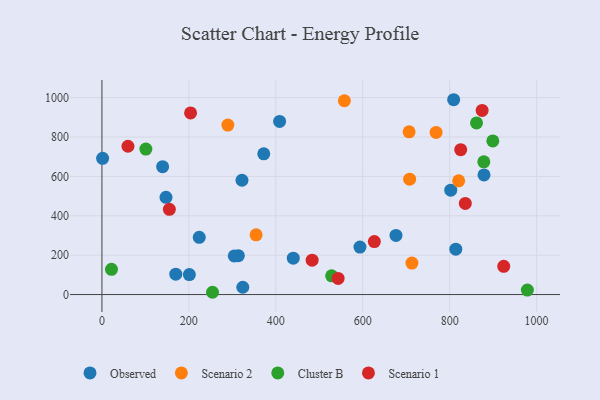
{"axis": {"x": "Price", "y": "Profit"}, "legend": ["Cluster B", "Observed", "Scenario 1", "Scenario 2"], "data": [{"x": "201.1", "y": 101.5, "type": "Observed"}, {"x": "324.1", "y": 37.1, "type": "Observed"}, {"x": "809.2", "y": 989.3, "type": "Observed"}, {"x": "1.6", "y": 691.6, "type": "Observed"}, {"x": "440.2", "y": 185.0, "type": "Observed"}, {"x": "593.6", "y": 241.2, "type": "Observed"}, {"x": "139.6", "y": 649.5, "type": "Observed"}, {"x": "169.9", "y": 103.6, "type": "Observed"}, {"x": "223.9", "y": 290.4, "type": "Observed"}, {"x": "147.4", "y": 493.9, "type": "Observed"}, {"x": "322.2", "y": 580.4, "type": "Observed"}, {"x": "372.3", "y": 714.7, "type": "Observed"}, {"x": "814.1", "y": 230.7, "type": "Observed"}, {"x": "313.8", "y": 197.6, "type": "Observed"}, {"x": "802.5", "y": 529.8, "type": "Observed"}, {"x": "304.5", "y": 196.0, "type": "Observed"}, {"x": "408.8", "y": 879.3, "type": "Observed"}, {"x": "676.5", "y": 300.2, "type": "Observed"}, {"x": "879.0", "y": 607.5, "type": "Observed"}, {"x": "557.8", "y": 984.2, "type": "Scenario 2"}, {"x": "768.8", "y": 823.5, "type": "Scenario 2"}, {"x": "289.7", "y": 860.5, "type": "Scenario 2"}, {"x": "354.7", "y": 303.3, "type": "Scenario 2"}, {"x": "706.7", "y": 826.2, "type": "Scenario 2"}, {"x": "820.7", "y": 577.5, "type": "Scenario 2"}, {"x": "707.9", "y": 585.9, "type": "Scenario 2"}, {"x": "713.2", "y": 159.7, "type": "Scenario 2"}, {"x": "861.8", "y": 871.7, "type": "Cluster B"}, {"x": "978.8", "y": 23.0, "type": "Cluster B"}, {"x": "899.3", "y": 780.0, "type": "Cluster B"}, {"x": "528.5", "y": 95.0, "type": "Cluster B"}, {"x": "254.4", "y": 11.6, "type": "Cluster B"}, {"x": "101.1", "y": 738.9, "type": "Cluster B"}, {"x": "878.6", "y": 673.9, "type": "Cluster B"}, {"x": "22.0", "y": 128.2, "type": "Cluster B"}, {"x": "543.4", "y": 81.7, "type": "Scenario 1"}, {"x": "203.9", "y": 922.5, "type": "Scenario 1"}, {"x": "155.1", "y": 432.8, "type": "Scenario 1"}, {"x": "483.6", "y": 174.5, "type": "Scenario 1"}, {"x": "825.4", "y": 735.6, "type": "Scenario 1"}, {"x": "874.7", "y": 934.9, "type": "Scenario 1"}, {"x": "626.7", "y": 268.9, "type": "Scenario 1"}, {"x": "836.0", "y": 462.5, "type": "Scenario 1"}, {"x": "924.4", "y": 143.3, "type": "Scenario 1"}, {"x": "59.9", "y": 753.1, "type": "Scenario 1"}]}